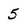
Character: 5